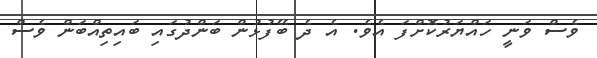
ވެސް ވަނީ ހައްޔަރުކޮށްފަ އެވެ. އެ ދެ ބޭފުޅުން ބަންދުގައި ބައިތިއްބަން ވެސް